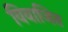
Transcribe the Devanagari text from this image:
विवाजित